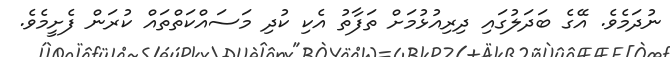
ނުދަމެވެ. އޭގެ ބަދަލުގައި ދިރިއުޅުމަށް ތަފާތު އެކި ކުދި މަސައްކަތްތައް ކުރަން ފެށީމެވެ.